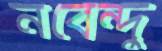
নবেন্দু